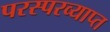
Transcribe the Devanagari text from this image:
परस्परव्याप्त